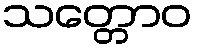
သတ္တောဝ